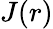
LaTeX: J(r)